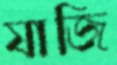
যাজি